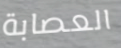
العصابة